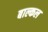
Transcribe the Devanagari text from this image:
बाल्कल